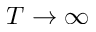
T \to \infty